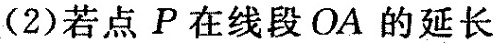
(2)若点P在线段OA的延长